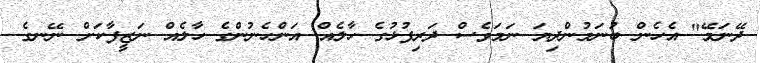
ދޭނަމޭ" އެހެން ބުނަމުންދިޔަ ނަމަވެސް ދަރިފުޅުގެ ހާލެއް އަންހެނުންގެ ހާލެއް ނަޒީފާކަށް ނޭނގެ